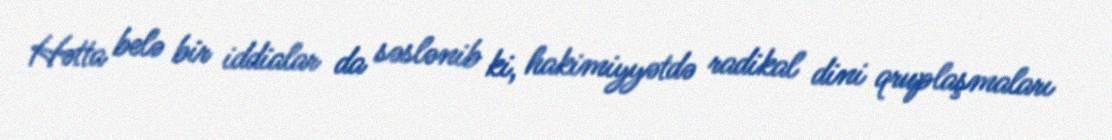
Hətta belə bir iddialar da səslənib ki, hakimiyyətdə radikal dini qruplaşmaları